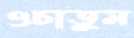
ওচাতুম